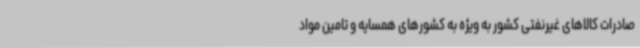
صادرات کالاهای غیرنفتی کشور به ویژه به کشورهای همسایه و تامین مواد